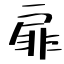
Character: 扉